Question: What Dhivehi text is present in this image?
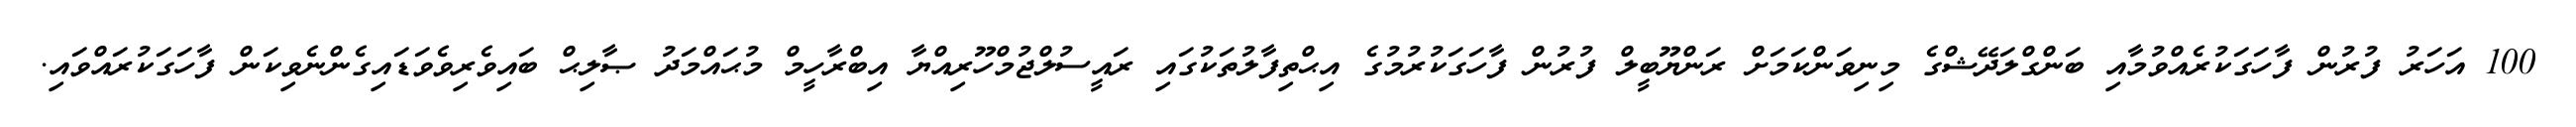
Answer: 100 އަހަރު ފުރުން ފާހަގަކުރެއްވުމާއި ބަންގްލަދޭޝްގެ މިނިވަންކަމަށް ރަންޔޫބީލް ފުރުން ފާހަގަކުރުމުގެ އިޙްތިފާލުތަކުގައި ރައީސުލްޖުމްހޫރިއްޔާ އިބްރާހީމް މުޙައްމަދު ޞާލިޙް ބައިވެރިވެވަޑައިގެންނެވިކަން ފާހަގަކުރައްވައި.